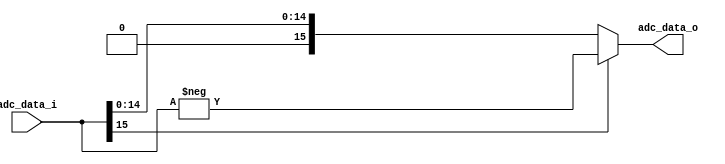
`timescale 1ns / 1ps
//////////////////////////////////////////////////////////////////////////////////
// Institute: Photonics Laboratory, ETH
//////////////////////////////////////////////////////////////////////////////////


module wire_v2(
        input wire [15:0] adc_data_i,
        
        output wire [15:0] adc_data_o
    );
    
    assign adc_data_o = ((adc_data_i[15] == 1'b1) ? (-adc_data_i) : (adc_data_i));
    //assign adc_data_o = adc_data_i;
endmodule